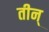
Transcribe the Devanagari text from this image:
तीन्